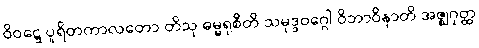
ဝိဝဋ္ဋေ ပူရိတကာလတော တိသု ဓမ္မရုစီတိ သမုဒ္ဒဝဂ္ဂေါ ဝိဘာဝိနာတိ အဇ္ဈဂုတ္ထ